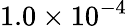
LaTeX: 1.0\times 10^{-4}